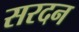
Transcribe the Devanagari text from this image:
सरदन